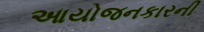
આયોજનકારની